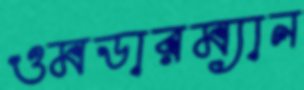
ওমডারম্যান